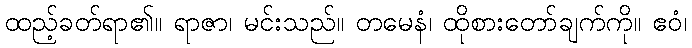
ထည့်ခတ်ရာ၏။ ရာဇာ၊ မင်းသည်။ တမေနံ၊ ထိုစားတော်ချက်ကို။ ဧဝံ၊